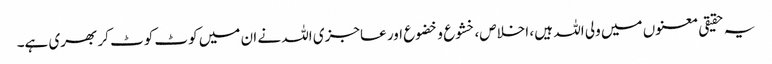
یہ حقیقی معنوں میں ولی اللہ ہیں ، اخلاص، خشوع و خضوع اور عاجزی اللہ نے ان میں کوٹ کوٹ کر بھری ہے۔